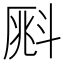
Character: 𣂀